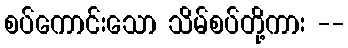
စပ်ကောင်းသော သိမ်စပ်တို့ကား --